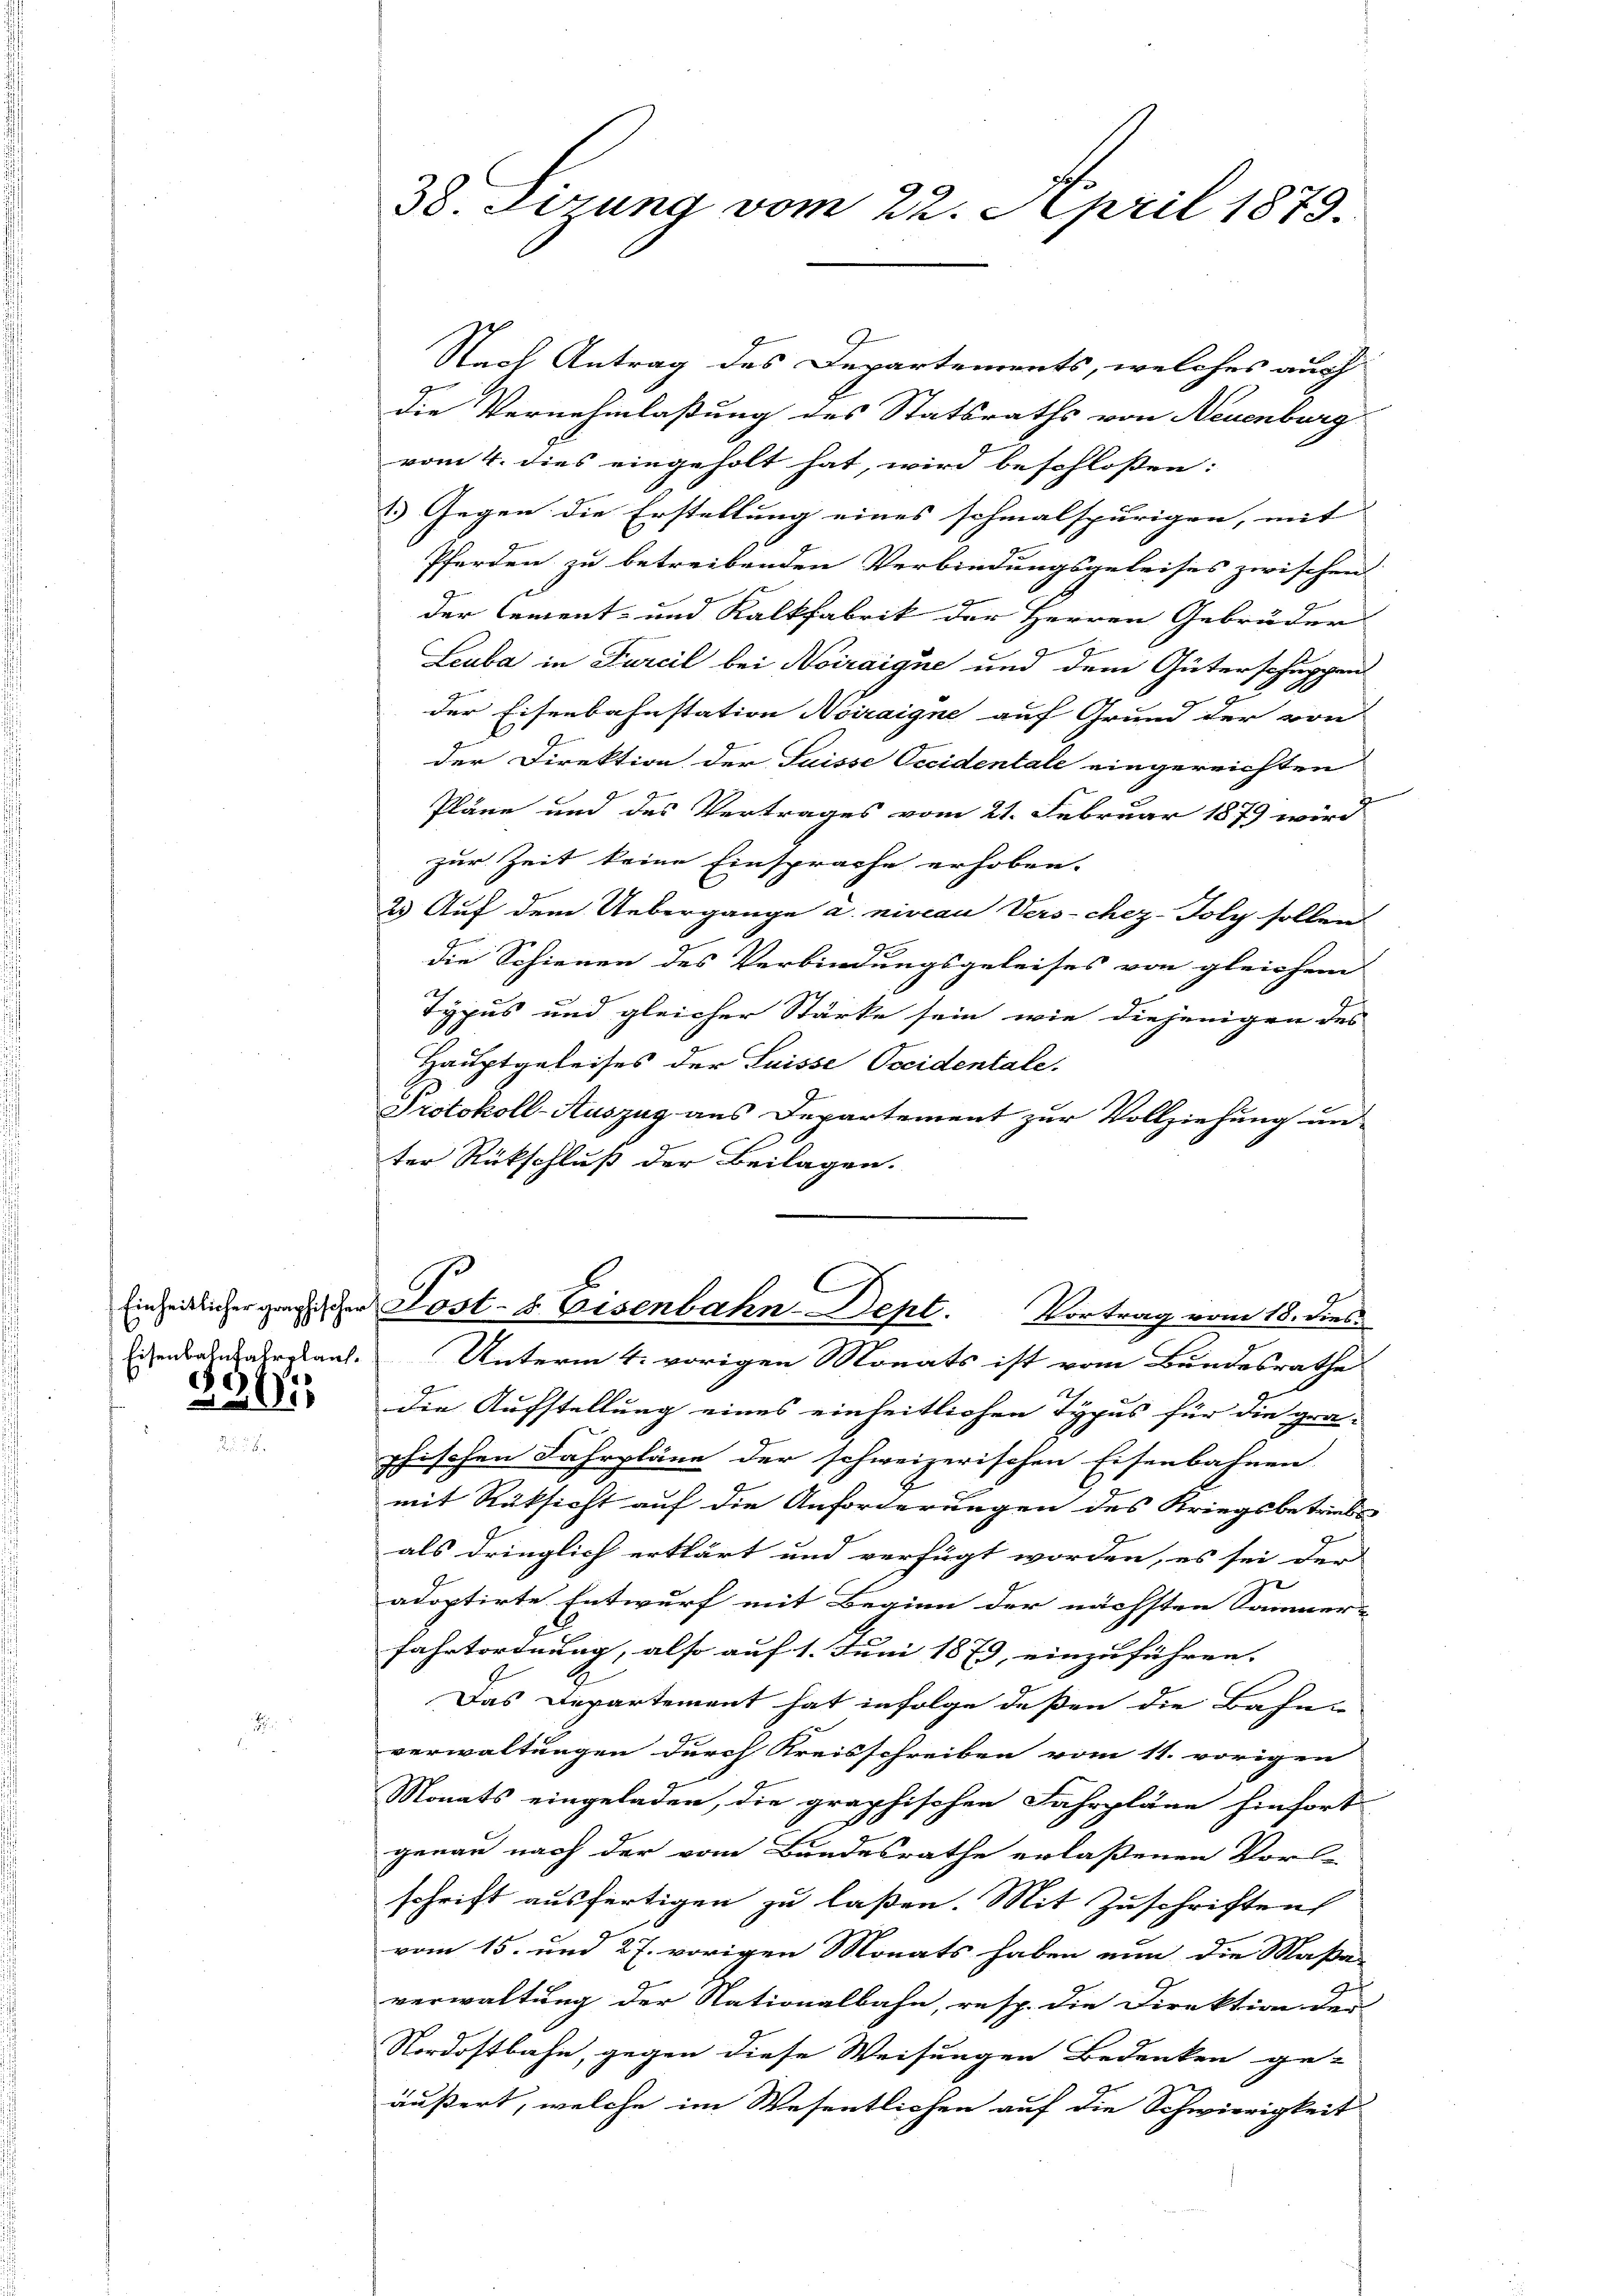
Eisenbahnfahrplant.
c)
211

38. Sitzung vom 22. April 1879.

Nach Antrag des Departements, welches auch
die Vernehmlassung des Statsraths von Neuenburg
vom 4. dies eingeholt hat, wird beschloßen:
2) Gegen die Erstellung eines schmalspurigen, mit |
Pferden zu betreibenden Verbindungsgeleises zwischen
der Cement- und Kalkfabrik der Herren Gebrüder
Leuba in Furcil bei Noiraique und dem Güterschuppen
der Eisenbahnstation Noiraigne auf Grund der von
der Direktion der Suisse Occidentale eingereichten
Pläne und des Vertrages vom 21. Februar 1879 wird
zur Zeit keine Einsprache erhoben.
2) Auf dem Uebergange u. niveau Verschez-Toly sollen
die Schienen des Verbindungsgeleises von gleichem
Typus und gleicher Stärke sein, wie diejenigen des
Hauptgeleises der Suisse Pocidentale.
Protokoll-Auszug aus Departement zur Vollziehung un-
ter Rückschluß der Beilagen.
G
Einheitlicher gerischer Lost- & Eisenbahn-Sept. Vortrag vom 18. dies
Unterm 4. vorigen Monats ist vom Bundesrathe
die Aufstellung eines einheitlichen Typus für die gra-
phischen Fahrpläne der schweizerischen Eisenbahnen
mit Rüksicht auf die Anforderungen des Kriegsbetriebs
als dringlich erklärt und verfügt worden, es sei der
adoptirte Entwurf mit Beginn der nächsten Sommer- |
fahrtordnung, also auf 1. Juni 1879, einzuführen. |
Das Departement hat infolge deßen die Bahne
verwaltungen durch Kreisschreiben vom 11. vorigen
Monats eingeladen, die graphischen Fahrpläne hinfort-
genau nach der vom Bandesrathe erlaßenen Vorle-
schrift ausfertigen zu laßen. Mit Zuschriften
vom 15. und 27. vorigen Monats haben nun die Maßa-
verwaltung der Nationalbahn, resp. die Direktion der
Nordostbahn, gegen diese Weisungen Bedenken ge-
äußert, welche im Wesentlichen auf die Schwierigkeit